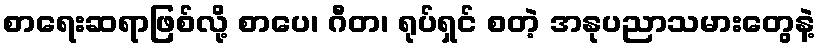
စာရေးဆရာဖြစ်လို့ စာပေ၊ ဂီတ၊ ရုပ်ရှင် စတဲ့ အနုပညာသမားတွေနဲ့